Rangoon Lunatic Asylum 1878-1892 - 1878-1892
Year: 1878
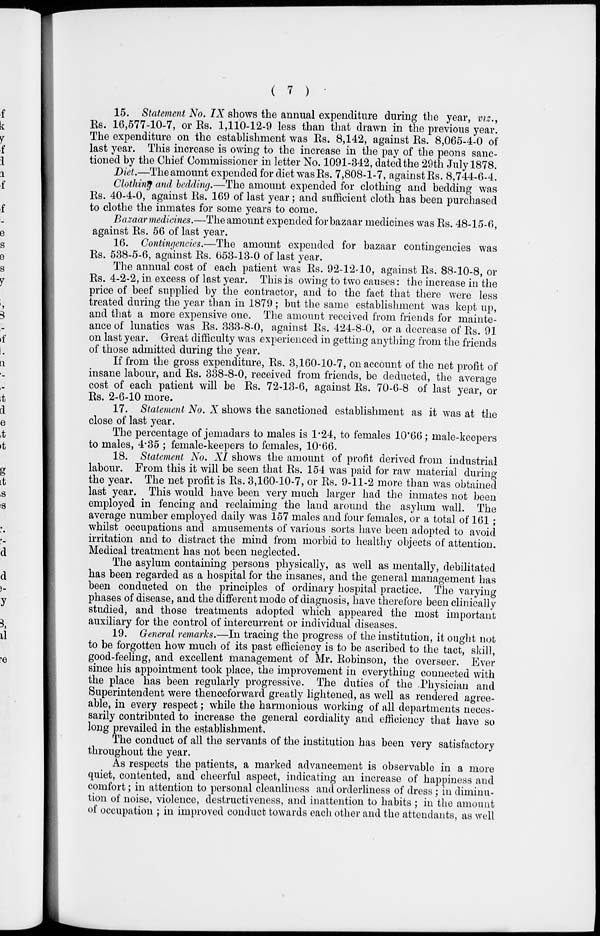
( 7 )
15. Statement No. IX shows the annual expenditure during the year, viz.,
Rs. 16,577-10-7, or Rs. 1,110-12-9 less than that drawn in the previous year.
The expenditure on the establishment was Rs. 8,142, against Rs. 8,065-4-0 of
last year. This increase is owing to the increase in the pay of the peons sanc-
tioned by the Chief Commissioner in letter No. 1091-342, dated the 29th July 1878.
Diet.—The amount expended for diet was Rs. 7,808-1-7, against Rs. 8,744-6-4.
Clothing and bedding.—The amount expended for clothing and bedding was
Rs. 40-4-0, against Rs. 169 of last year ; and sufficient cloth has been purchased
to clothe the inmates for some years to come.
Bazaar medicines.—The amount expended for bazaar medicines was Rs. 48-15-6,
against Rs. 56 of last year.
16. Contingencies.—The amount expended for bazaar contingencies was
Rs. 538-5-6, against Rs. 653-13-0 of last year.
The annual cost of each patient was Rs. 92-12-10, against Rs. 88-10-8, or
Rs. 4-2-2, in excess of last year. This is owing to two causes : the increase in the
price of beef supplied by the contractor, and to the fact that there were less
treated during the year than in 1879 ; but the same establishment was kept up,
and that a more expensive one. The amount received from friends for mainte-
ance of lunatics was Rs. 333-8-0, against Rs. 424-8-0, or a decrease of Rs. 91
on last year. Great difficulty was experienced in getting anything from the friends
of those admitted during the year.
If from the gross expenditure, Rs. 3,160-10-7, on account of the net profit of
insane labour, and Rs. 338-8-0, received from friends, be deducted, the average
cost of each patient will be Rs. 72-13-6, against Rs. 70-6-8 of last year, or
Rs. 2-6-10 more.
17. Statement No. X shows the sanctioned establishment as it was at the
close of last year.
The percentage of jemadars to males is 1.24, to females 10'66; male-keepers
to males, 4.35 ; female-keepers to females, 10.66.
18. Statement No. XI shows the amount of profit derived from industrial
labour. From this it will be seen that Rs. 154 was paid for raw material during
the year. The net profit is Rs. 3,160-10-7, or Rs. 9-11-2 more than was obtained
last year. This would have been very much larger had the inmates not been
employed in fencing and reclaiming the land around the asylum wall. The
average number employed daily was 157 males and four females, or a total of 161 ;
whilst occupations and amusements of various sorts have been adopted to avoid
irritation and to distract the mind from morbid to healthy objects of attention.
Medical treatment has not been neglected.
The asylum containing persons physically, as well as mentally, debilitated
has been regarded as a hospital for the insanes, and the general management has
been conducted on the principles of ordinary hospital practice. The varying
phases of disease, and the different mode of diagnosis, have therefore been clinically
studied, and those treatments adopted which appeared the most important
auxiliary for the control of intercurrent or individual diseases.
19. General remarks.—In tracing the progress of the institution, it ought not
to be forgotten how much of its past efficiency is to be ascribed to the tact, skill,
good-feeling, and excellent management of Mr. Robinson, the overseer. Ever
since his appointment took place, the improvement in everything connected with
the place has been regularly progressive. The duties of the Physician and
Superintendent were thenceforward greatly lightened, as well as rendered agree-
able, in every respect ; while the harmonious working of all departments neces-
sarily contributed to increase the general cordiality and efficiency that have so
long prevailed in the establishment.
The conduct of all the servants of the institution has been very satisfactory
throughout the year.
As respects the patients, a marked advancement is observable in a more
quiet, contented, and cheerful aspect, indicating an increase of happiness and
comfort ; in attention to personal cleanliness and orderliness of dress ; in diminu-
tion of noise, violence, destructiveness, and inattention to habits ; in the amount
of occupation ; in improved conduct towards each other and the attendants, as well